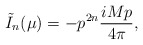
\begin{align*}\tilde{I}_n(\mu)=-p^{2n} \frac{i M p}{4 \pi},\end{align*}